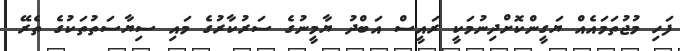
ފަހި މުޖުތަމައެއް ޔަގީންކޮށްދިނުމަކީ ރައީސް އަބްދު ޔާމީނުގެ ސަރުކާރުގެ މައި ސިޔާސަތުތަކުގެ ތެރޭ